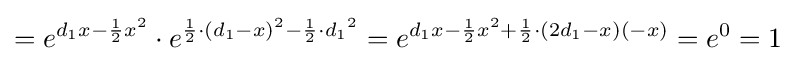
=e^{d_{1}x-{\frac {1}{2}}x^{2}}\cdot e^{{\frac {1}{2}}\cdot {(d_{1}-x)}^{2}-{\frac {1}{2}}\cdot {d_{1}}^{2}}=e^{d_{1}x-{\frac {1}{2}}x^{2}+{\frac {1}{2}}\cdot (2d_{1}-x)(-x)}=e^{0}=1